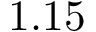
1 . 1 5